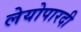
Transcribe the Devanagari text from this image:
लेयोपारदी